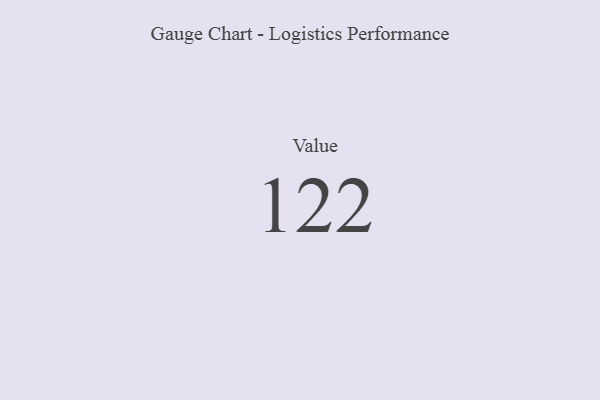
{"axis": {"x": "Metric", "y": "Value"}, "legend": [""], "data": [{"x": "Value", "y": 122, "type": ""}]}